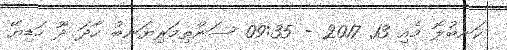
ކަނބުލޮ މެއި 13